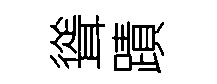
聳蹟